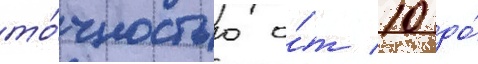
то́чностью о́т 10 до́